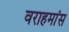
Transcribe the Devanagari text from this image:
वराहमांस